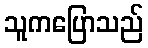
သူကပြောသည်